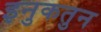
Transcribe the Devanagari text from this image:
इनुकतुन